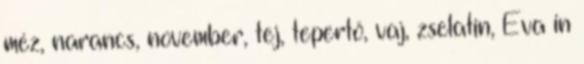
méz, narancs, november, tej, tepertő, vaj, zselatin, Éva in